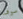
سوف